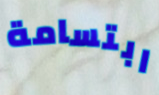
ابتسامة